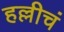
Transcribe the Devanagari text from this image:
हल्लीचं